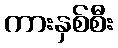
ကားနှစ်စီး